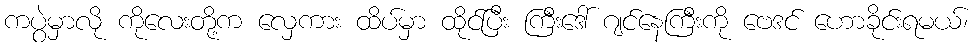
ကပွဲမှာလို ကိုလေးတို့က လှေကား ထိပ်မှာ ထိုင်ပြီး ကြီးဒေါ် ဂျင်နေကြီးကို ဗေဒင် ဟောခိုင်းရမယ်၊